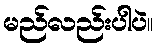
မည်လည်းပါပဲ။